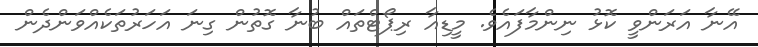
އޭނާ އަރަންވީ ކޮޅު ނިންމާފައެވެ. މީޑިއާ ރިޕޯޓްތައް ބުނާ ގޮތުން ގިނަ އަހަރުތަކެއްވަންދެން